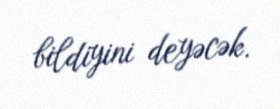
bildiyini deyəcək.